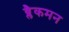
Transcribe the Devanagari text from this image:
ब्लैकमन